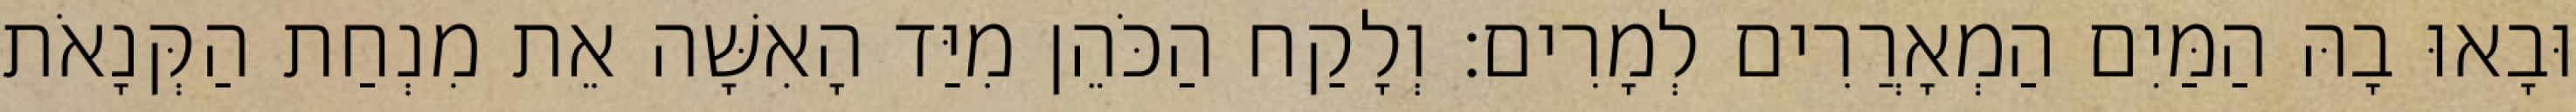
וּבָאוּ בָהּ הַמַּיִם הַמְאָרֲרִים לְמָרִים׃ וְלָקַח הַכֹּהֵן מִיַּד הָאִשָּׁה אֵת מִנְחַת הַקְּנָאֹת